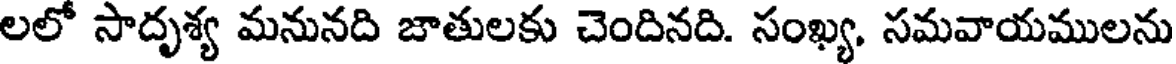
లలో సాదృశ్య మనునది జాతులకు చెందినది. సంఖ్య, సమవాయములను